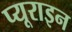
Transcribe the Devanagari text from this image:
प्यूराइन